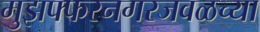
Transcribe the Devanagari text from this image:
मुझफ्फरनगरजवळच्या